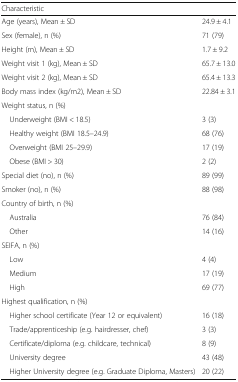
| <COLSPAN=2> Characteristic |
 | --- | --- |
 | Age (years), Mean ± SD | 24.9 ± 4.1 |
 | Sex (female), n (%) | 71 (79) |
 | Height (m), Mean ± SD | 1.7 ± 9.2 |
 | Weight visit 1 (kg), Mean ± SD | 65.7 ± 13.0 |
 | Weight visit 2 (kg), Mean ± SD | 65.4 ± 13.3 |
 | Body mass index (kg/m2), Mean ± SD | 22.84 ± 3.1 |
 | <COLSPAN=2> Weight status, n (%) |
 | Underweight (BMI < 18.5) | 3 (3) |
 | Healthy weight (BMI 18.5–24.9) | 68 (76) |
 | Overweight (BMI 25–29.9) | 17 (19) |
 | Obese (BMI > 30) | 2 (2) |
 | Special diet (no), n (%) | 89 (99) |
 | Smoker (no), n (%) | 88 (98) |
 | <COLSPAN=2> Country of birth, n (%) |
 | Australia | 76 (84) |
 | Other | 14 (16) |
 | <COLSPAN=2> SEIFA, n (%) |
 | Low | 4 (4) |
 | Medium | 17 (19) |
 | High | 69 (77) |
 | <COLSPAN=2> Highest qualification, n (%) |
 | Higher school certificate (Year 12 or equivalent) | 16 (18) |
 | Trade/apprenticeship (e.g. hairdresser, chef) | 3 (3) |
 | Certificate/diploma (e.g. childcare, technical) | 8 (9) |
 | University degree | 43 (48) |
 | Higher University degree (e.g. Graduate Diploma, Masters) | 20 (22) |